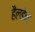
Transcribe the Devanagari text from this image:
हैलडेन